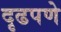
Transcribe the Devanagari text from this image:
दृढपणे